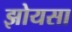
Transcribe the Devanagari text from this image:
झोयसा